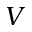
V